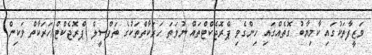
ވަޒީފާތަކުގައި ކާމިޔާބު ގޮތެއްގައި ހިންގެވި ޕްރޮޖެކްޓްތައް ނުވަތަ ހަރަކާތްތަކުގެ ތަފްސީލް (ޕްރޮޖެކްޓް/ހަރަކާތް ވަކިން